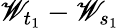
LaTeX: \mathscr{W}_{t_{1}}-\mathscr{W}_{s_{1}}